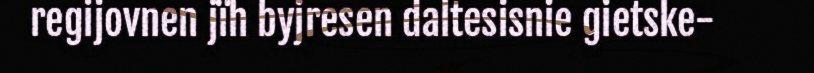
regijovnen jïh byjresen daltesisnie gietske-